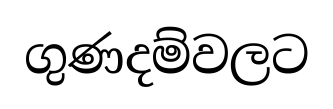
ගුණදම්වලට